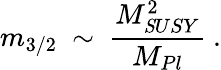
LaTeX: m_{3/2}~\sim~{\frac{M_{\mathit SUSY}^{2}}{M_{Pl}}}~.